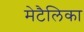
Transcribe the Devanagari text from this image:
मेटैलिका